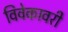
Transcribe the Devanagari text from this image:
विवेकावरी